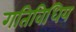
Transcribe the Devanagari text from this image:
गतिविधिय